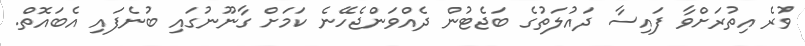
ވުރެ އިތުރަށްވާ ފައިސާ ދައުލަތުގެ ބަޖެޓުން ދެއްވަންޖެހޭނެ ކަމަށް ގާނޫނުގައި ބުނެފައި އެބައޮތް.